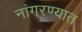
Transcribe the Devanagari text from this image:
नांगरण्यात